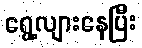
ရွေ့လျားနေပြီး